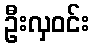
ဦးလှဝင်း